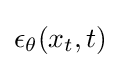
\epsilon _{\theta }(x_{t},t)